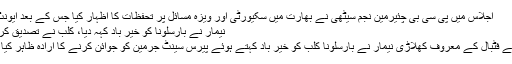
اجلاس میں پی سی بی چئیرمین نجم سیٹھی نے بھارت میں سکیورٹی اور ویزہ مسائل پر تحفظات کا اظہار کیا جس کے بعد ایونٹ ...
نیمار نے بارسلونا کو خیر باد کہہ دیا، کلب نے تصدیق کر دی
دنیائے فٹبال کے معروف کھلاڑی نیمار نے بارسلونا کلب کو خیر باد کہتے ہوئے پیرس سیِنٹ جرمین کو جوائن کرنے کا ارادہ ظاہر کیا ہے۔